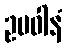
ဥပဝါနံ